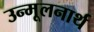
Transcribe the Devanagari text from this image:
उन्मूलनार्थ